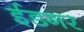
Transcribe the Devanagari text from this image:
ईडगर